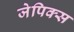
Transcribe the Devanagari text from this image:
जेपिक्स